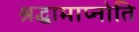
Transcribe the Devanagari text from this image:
श्रद्धामाप्नोति